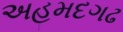
અહમદગઢ